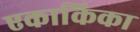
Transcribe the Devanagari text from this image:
एकाकिका